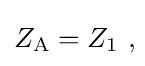
Z_{\mathrm {A} }=Z_{1}\ ,\!